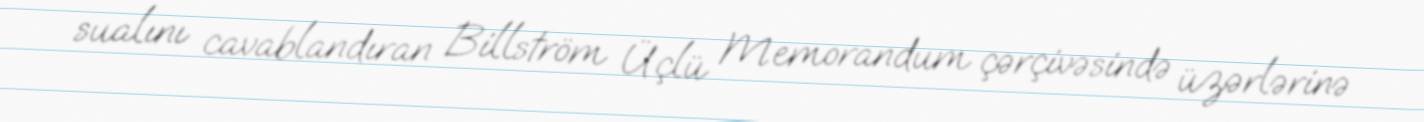
sualını cavablandıran Billström Üçlü Memorandum çərçivəsində üzərlərinə